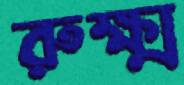
রুক্ষ্ম